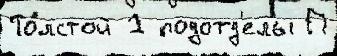
То́лстой 1 подотд'елы П